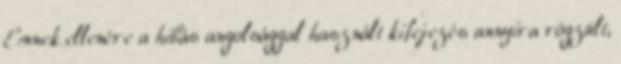
Ennek ellenére a hibás angolsággal használt kifejezés annyira rögzült,